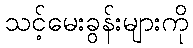
သင့်မေးခွန်းများကို